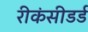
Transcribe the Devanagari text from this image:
रीकंसीडर्ड